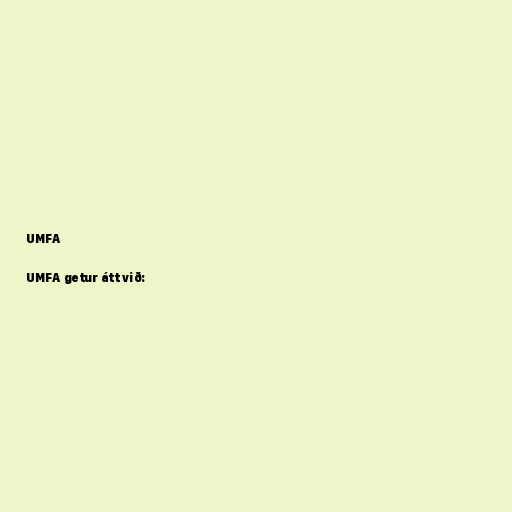
UMFA

UMFA getur átt við: